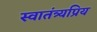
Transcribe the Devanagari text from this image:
स्वातंत्र्यप्रिय